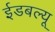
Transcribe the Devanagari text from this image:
ईडबल्यू